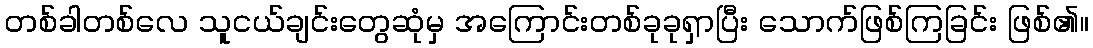
တစ်ခါတစ်လေ သူငယ်ချင်းတွေဆုံမှ အကြောင်းတစ်ခုခုရှာပြီး သောက်ဖြစ်ကြခြင်း ဖြစ်၏။